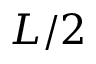
L / 2